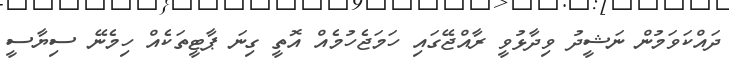
ދައްކަވަމުން ނަޝީދު ވިދާޅުވީ ރާއްޖޭގައި ހަމަޖެހުމެއް އޮތީ ގިނަ ޕާޓީތަކެއް ހިމެނޭ ސިޔާސީ